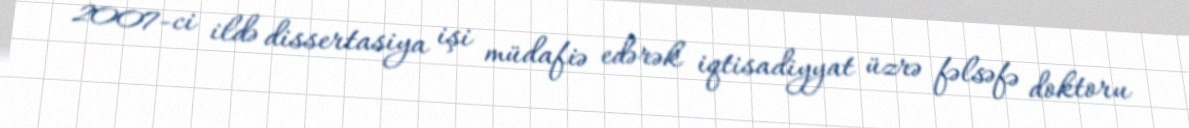
2007-ci ildə dissertasiya işi müdafiə edərək iqtisadiyyat üzrə fəlsəfə doktoru